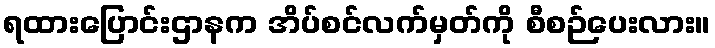
ရထားပြောင်းဌာနက အိပ်စင်လက်မှတ်ကို စီစဉ်ပေးလား။